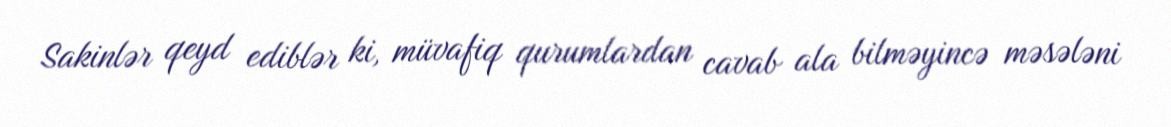
Sakinlər qeyd ediblər ki, müvafiq qurumlardan cavab ala bilməyincə məsələni